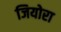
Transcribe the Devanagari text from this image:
जियोरा